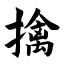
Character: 擒